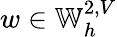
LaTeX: w\in\mathbb{W}_{h}^{2,V}